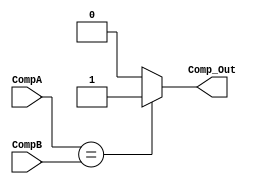
`timescale 1ns / 1ps
//////////////////////////////////////////////////////////////////////////////////
// Company: 
// Engineer: 
// 
// Design Name: 
// Module Name: Comparator
// Project Name: 
// Target Devices: 
// Tool Versions: 
// Description: 
// 
// Dependencies: 
// 
// Revision:
// Revision 0.01 - File Created
// Additional Comments:
// 
//////////////////////////////////////////////////////////////////////////////////


module Comparator(
    input [5:0] CompA,  //from Adder
    input [5:0] CompB,  //from Stop
    output Comp_Out
    );
    reg compare;    //since I can't directly manipulate inputs and outputs
    
    always @(CompA, CompB)
        begin
        if (CompA == CompB)
            compare = 1'b1;
        else
            compare = 1'b0;
        end
    
    assign Comp_Out = compare;
    
endmodule